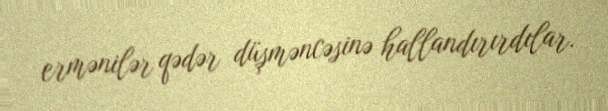
ermənilər qədər düşməncəsinə hallandırırdılar.